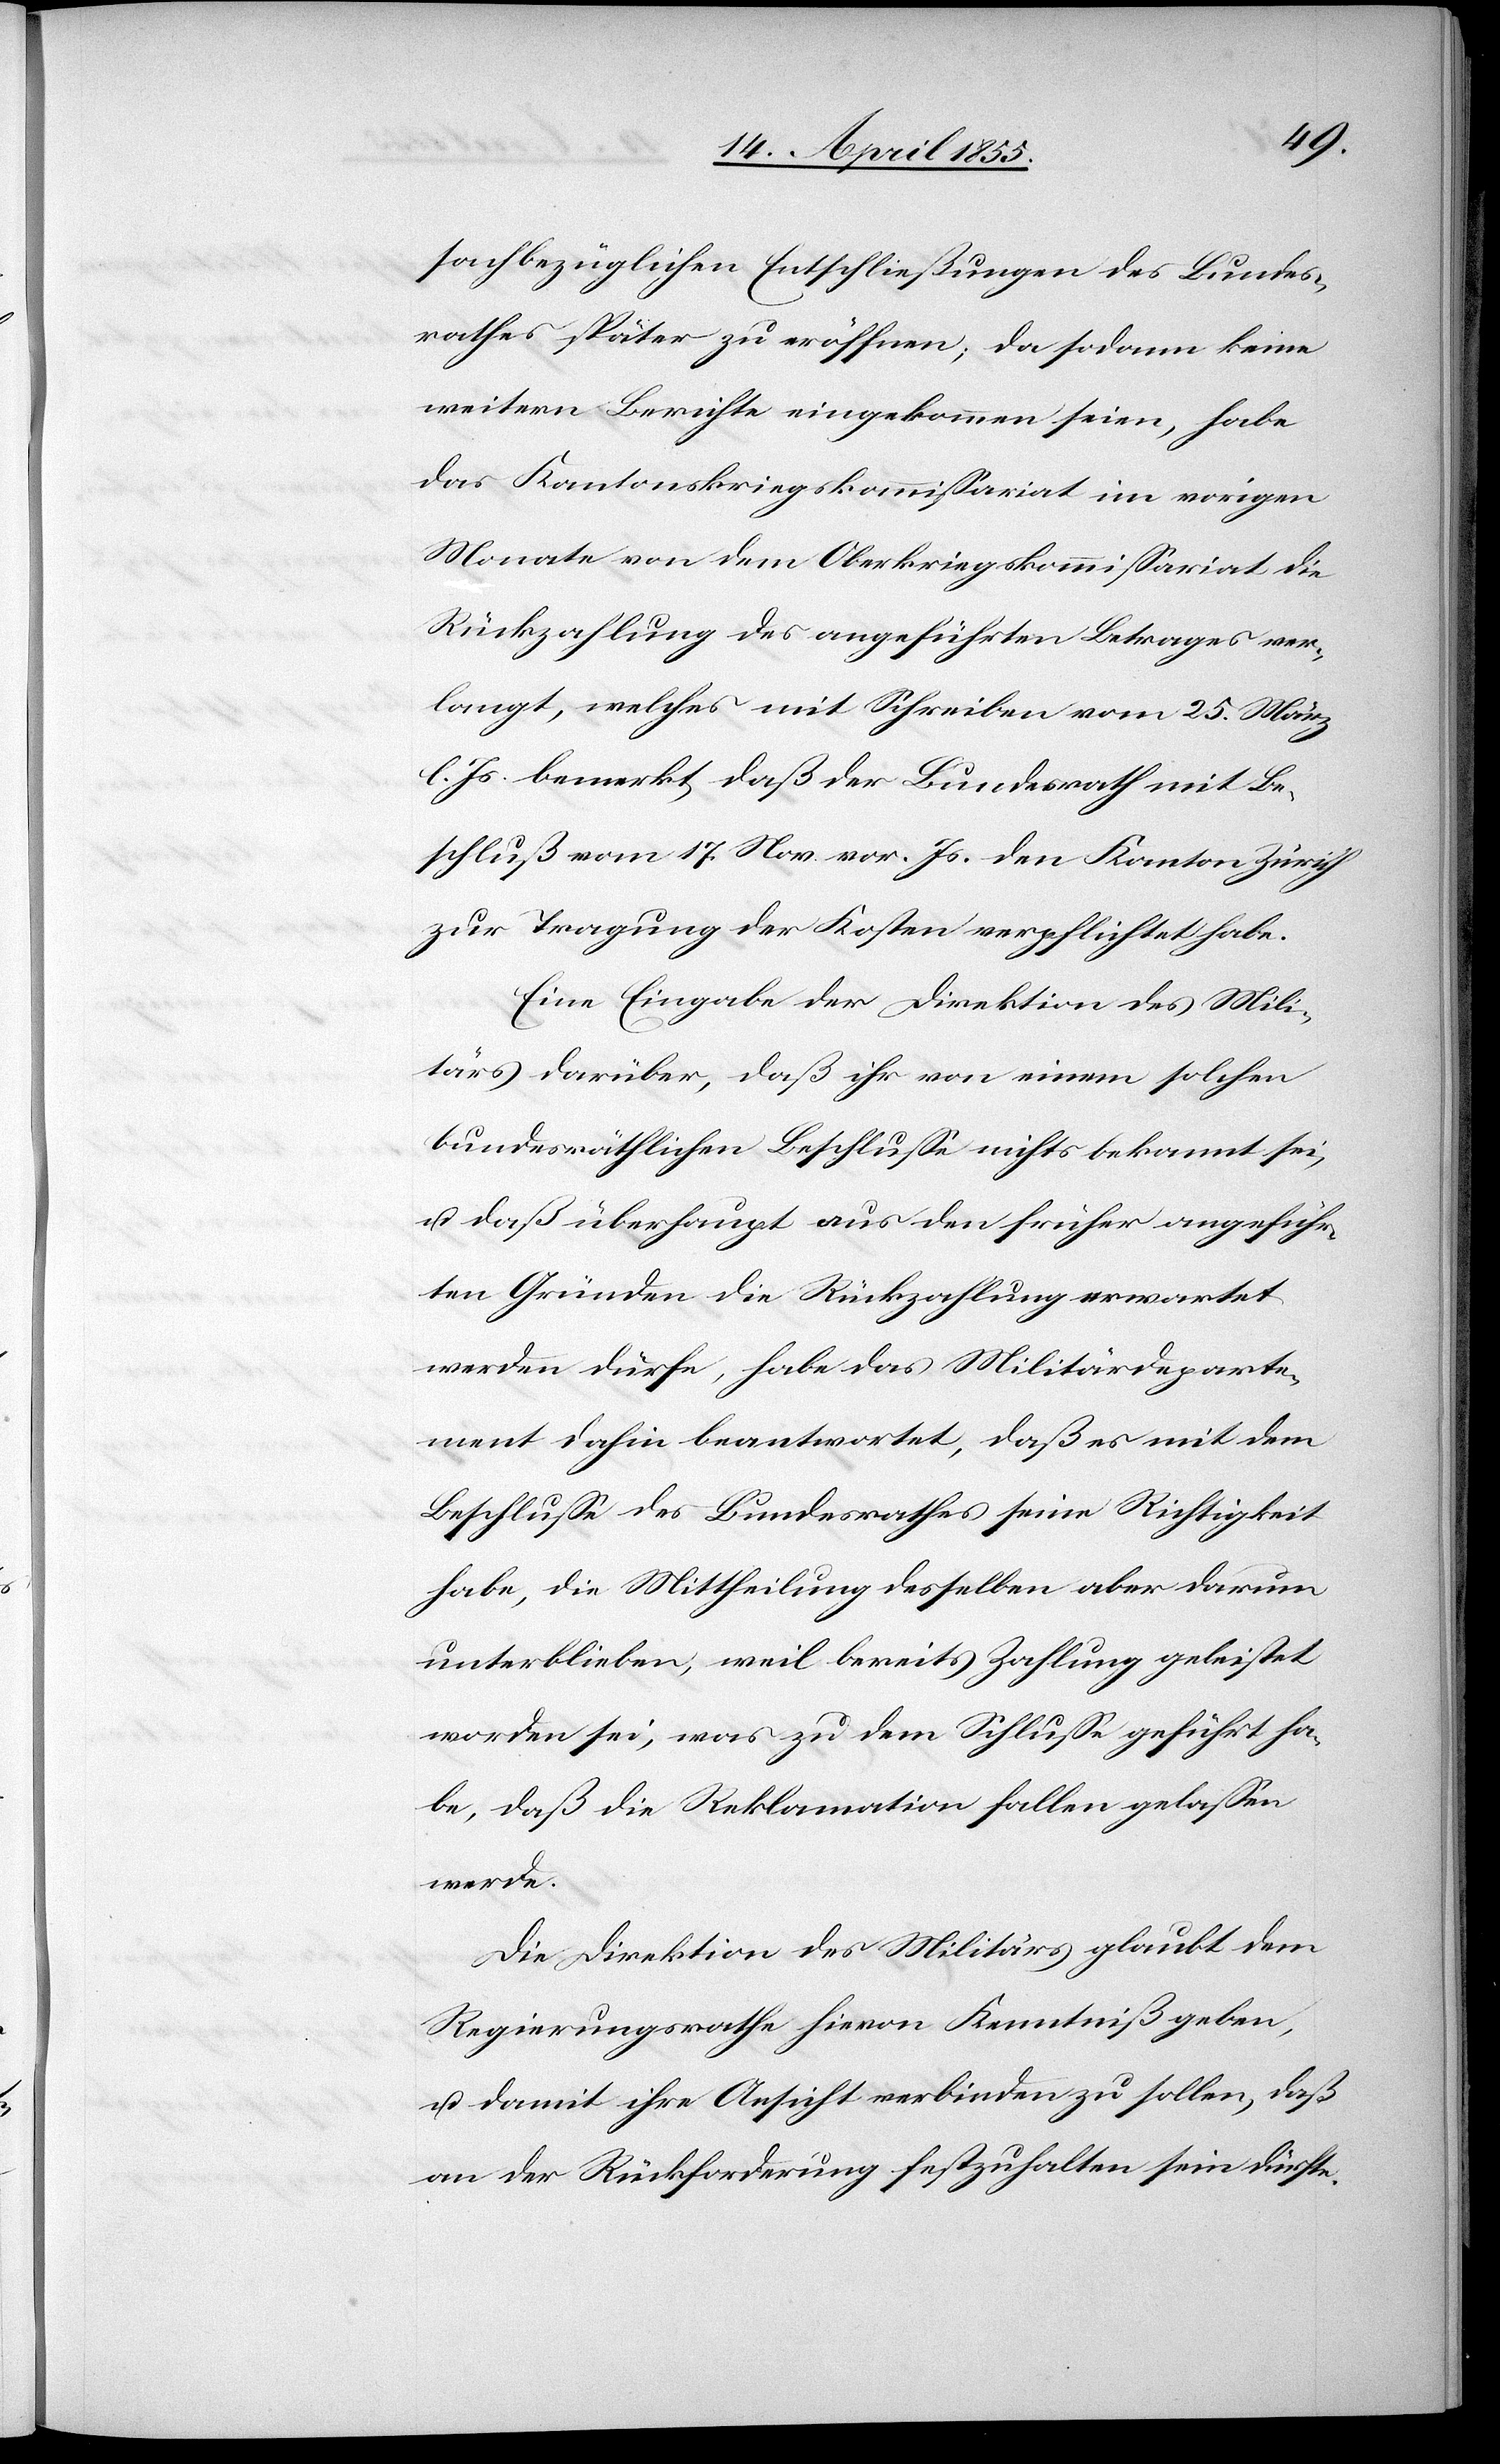
sachbezüglichen Entschließungen des Bundes¬
rathes später zu eröffnen; da sodann keine
weitern Berichte eingekommen seien, habe
das Kantonskriegskommissariat im vorigen
Monate von dem Oberkriegskommissariat die
Rückzahlung des angeführten Betrages ver¬
langt, welches mit Schreiben vom 25. März
l. Js. bemerkt, daß der Bundesrath mit Be¬
schluß vom 17. Nov. vor. Js. den Kanton Zürich
zur Tragung der Kosten verpflichtet habe.
Eine Eingabe der Direktion des Mili¬
tärs darüber, daß ihr von einem solchen
bundesräthlichen Beschlusse nichts bekannt sei,
u. daß überhaupt aus den früher angeführ¬
ten Gründen die Rückzahlung erwartet
werden dürfe, habe das Militärdeparte¬
ment dahin beantwortet, daß es mit dem
Beschlusse des Bundesrathes seine Richtigkeit
habe, die Mittheilung desselben aber darum
unterblieben, weil bereits Zahlung geleistet
worden sei, was zu dem Schlusse geführt ha¬
be, daß die Reklamation fallen gelassen
werde.
Die Direktion des Militärs glaubt dem
Regierungsrathe hievon Kenntniß geben,
u. damit ihre Ansicht verbinden zu sollen, daß
an der Rückforderung festzuhalten sein dürfte.